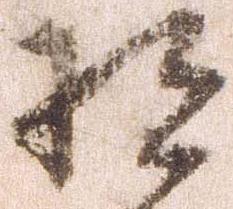
将